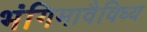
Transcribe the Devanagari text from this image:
भंगिमावैविध्य